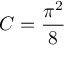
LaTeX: C = { \frac { \pi ^ { 2 } } { 8 } }